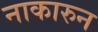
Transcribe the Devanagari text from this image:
नाकारुन